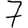
Digit: 7